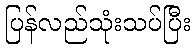
ပြန်လည်သုံးသပ်ပြီး